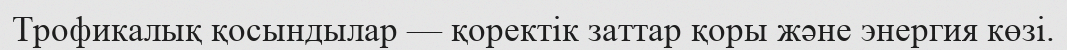
Трофикалық қосындылар — қоректік заттар қоры және энергия көзі.